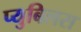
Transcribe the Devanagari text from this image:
प्युबिलस